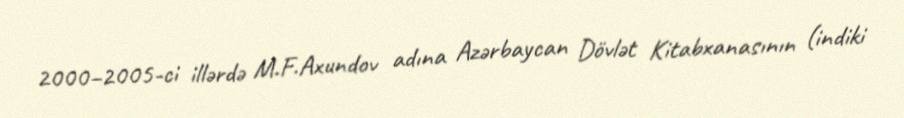
2000–2005-ci illərdə M.F.Axundov adına Azərbaycan Dövlət Kitabxanasının (indiki